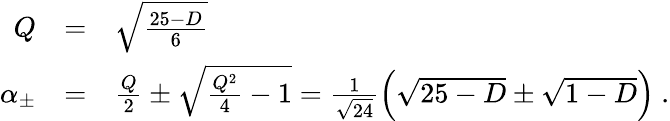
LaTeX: \begin{array}{rcl}{{Q}}&{{=}}&{{\sqrt{\frac{25-D}{6}}}}\\ {{\alpha_{\pm}}}&{{=}}&{{\frac{Q}{2}\pm\sqrt{\frac{Q^{2}}{4}-1}=\frac{1}{\sqrt{24}}\left(\sqrt{25-D}\pm\sqrt{1-D}\right)\ .}}\end{array}